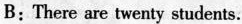
B：There are twenty students.